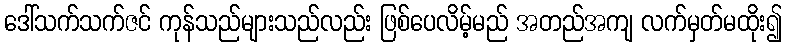
ဒေါ်သက်သက်ဇင် ကုန်သည်များသည်လည်း ဖြစ်ပေလိမ့်မည် အတည်အကျ လက်မှတ်မထိုး၍